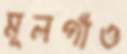
মূলগাঁও